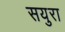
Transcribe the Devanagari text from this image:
सयुरा